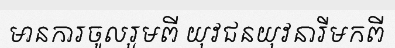
មានការចូលរួមពី យុវជនយុវនារីមកពី